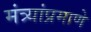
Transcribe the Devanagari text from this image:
मंत्र्यांप्रमाणे